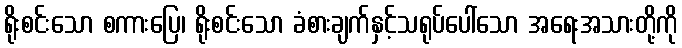
ရိုးစင်းသော စကားပြေ၊ ရိုးစင်းသော ခံစားချက်နှင့်သရုပ်ပေါ်သော အရေးအသားတို့ကို